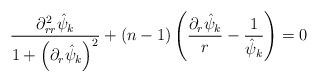
LaTeX: \begin{align*}\frac{\partial_{rr}^{2}\hat{\psi}_{k}}{1+\left(\partial_{r}\hat{\psi}_{k}\right)^{2}}+\left(n-1\right)\left(\frac{\partial_{r}\hat{\psi}_{k}}{r}-\frac{1}{\hat{\psi}_{k}}\right)=0\end{align*}